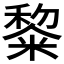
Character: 𮇵